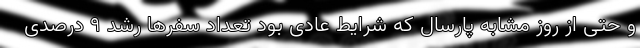
و حتی از روز مشابه پارسال که شرایط عادی بود تعداد سفر‌ها رشد ۹ درصدی